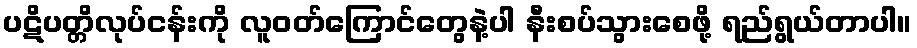
ပဋိပတ္တိလုပ်ငန်းကို လူဝတ်ကြောင်တွေနဲ့ပါ နီးစပ်သွားစေဖို့ ရည်ရွယ်တာပါ။